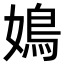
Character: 𡡅